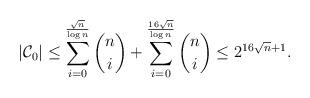
LaTeX: \begin{align*}|\mathcal{C}_0|\leq \sum_{i=0}^{\frac{\sqrt{n}}{\log n}}\binom{n}{i}+\sum_{i=0}^{\frac{16\sqrt{n}}{\log n}}\binom{n}{i}\leq2^{16\sqrt{n}+1}.\end{align*}